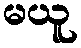
မယူ